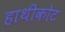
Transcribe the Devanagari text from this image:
हाथीकोट